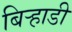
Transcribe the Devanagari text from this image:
बिर्‍हाडी